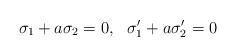
LaTeX: \begin{align*}\sigma_1+a\sigma_2=0, \ \ \sigma'_1+a\sigma'_2=0\end{align*}